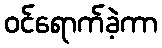
ဝင်ရောက်ခဲ့ကာ